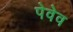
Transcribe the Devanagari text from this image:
पेवेव